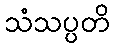
သံသပ္ပတိ